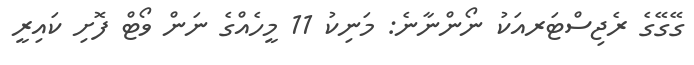
ގޭގޭގެ ރެޖިސްޓަރއަކު ނޯންނާނެ: މަނިކު 11 މީހެއްގެ ނަން ވޯޓް ފޮށި ކައިރީ